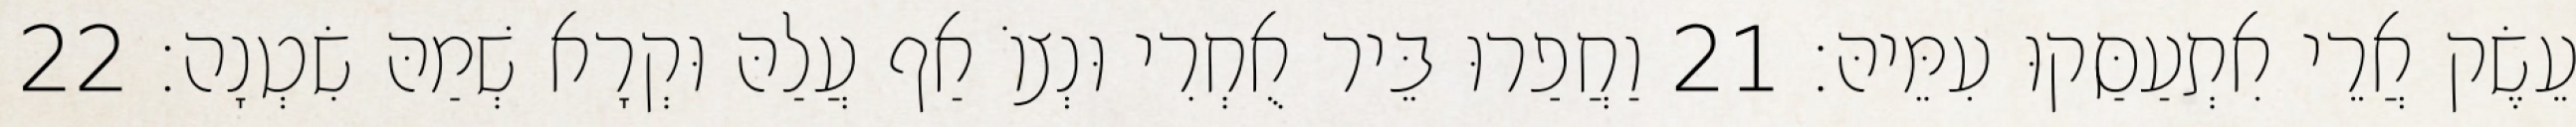
עֵשֶׂק אֲרֵי אִתְעַסַּקוּ עִמֵּיהּ׃ 21 וַחֲפַרוּ בֵּיר אֻחְרִי וּנְצוֹ אַף עֲלַהּ וּקְרָא שְׁמַהּ שִׂטְנָה׃ 22